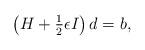
LaTeX: \begin{align*}\left(H + \tfrac12 \epsilon I \right) d = b,\end{align*}